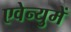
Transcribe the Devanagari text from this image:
एवेन्युमें